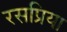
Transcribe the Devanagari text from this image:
रसप्रिया